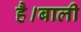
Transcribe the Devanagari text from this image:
है।बाली